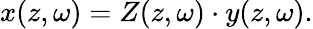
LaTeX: x(z,\omega)=Z(z,\omega)\cdot y(z,\omega).